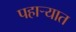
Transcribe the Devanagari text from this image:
पहार्‍यात